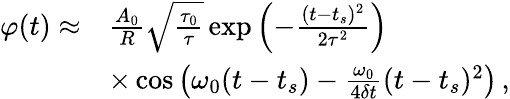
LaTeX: \begin{array}{rl}{\varphi(t)\approx}&{\frac{A_{0}}{R}\sqrt{\frac{\tau_{0}}{\tau}}\exp{\left(-\frac{(t-t_{s})^{2}}{2\tau^{2}}\right)}}\\ &{\times\cos{\left(\omega_{0}(t-t_{s})-\frac{\omega_{0}}{4\delta t}(t-t_{s})^{2}\right)}\, ,}\end{array}